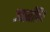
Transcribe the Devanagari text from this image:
ज्यामीतिय